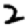
Digit: 2